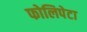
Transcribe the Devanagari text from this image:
फोलिपेटा